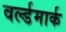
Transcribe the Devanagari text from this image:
वर्ल्डमार्क